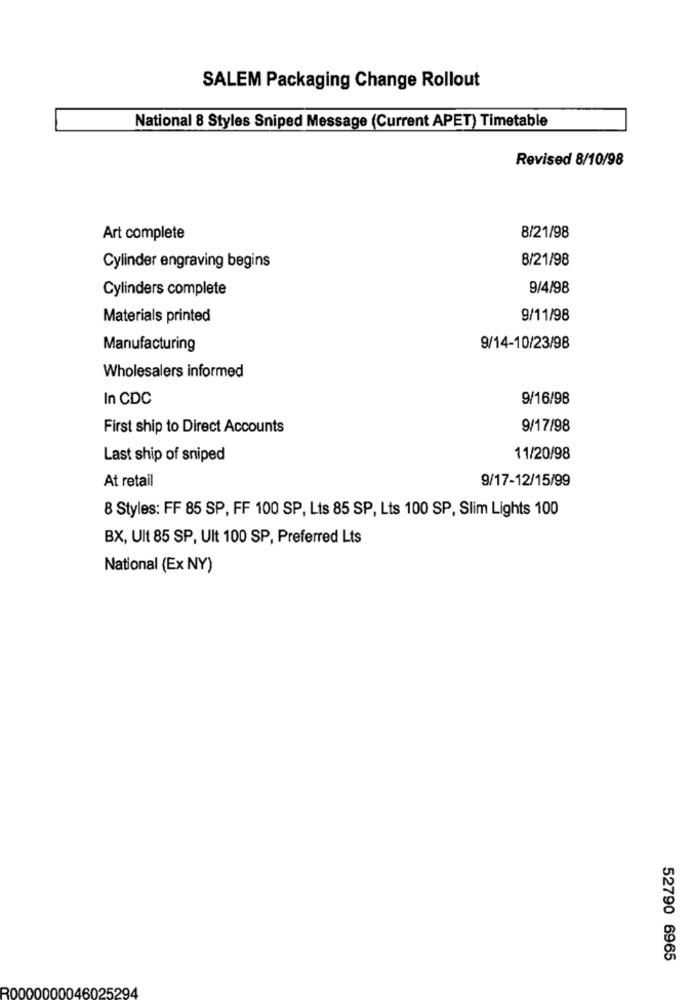
SALEM Packaging Change Rollout
National 8 Styles Sniped Message (Current APET) Timetable
Revised 8/10/98
Art complete
8/21/98
8/21/98
Cylinder engraving begins
Cylinders complete
9/4/98
Materials printed
9/11/98
Manufacturing
9/14-10/23/98
Wholesalers informed
In CDC
9/16/98
First ship to Direct Accounts
9/17/98
Last ship of sniped
11/20/98
At retail
9/17-12/15/99
8 Styles: FF 85 SP, FF 100 SP, Lts 85 SP, Lts 100 SP, Slim Lights 100
BX, Ult 85 SP, Ult 100 SP, Preferred Lts
National (Ex NY)
52790 6965
R0000000046025294